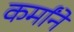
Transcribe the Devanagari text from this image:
कर्मांनें